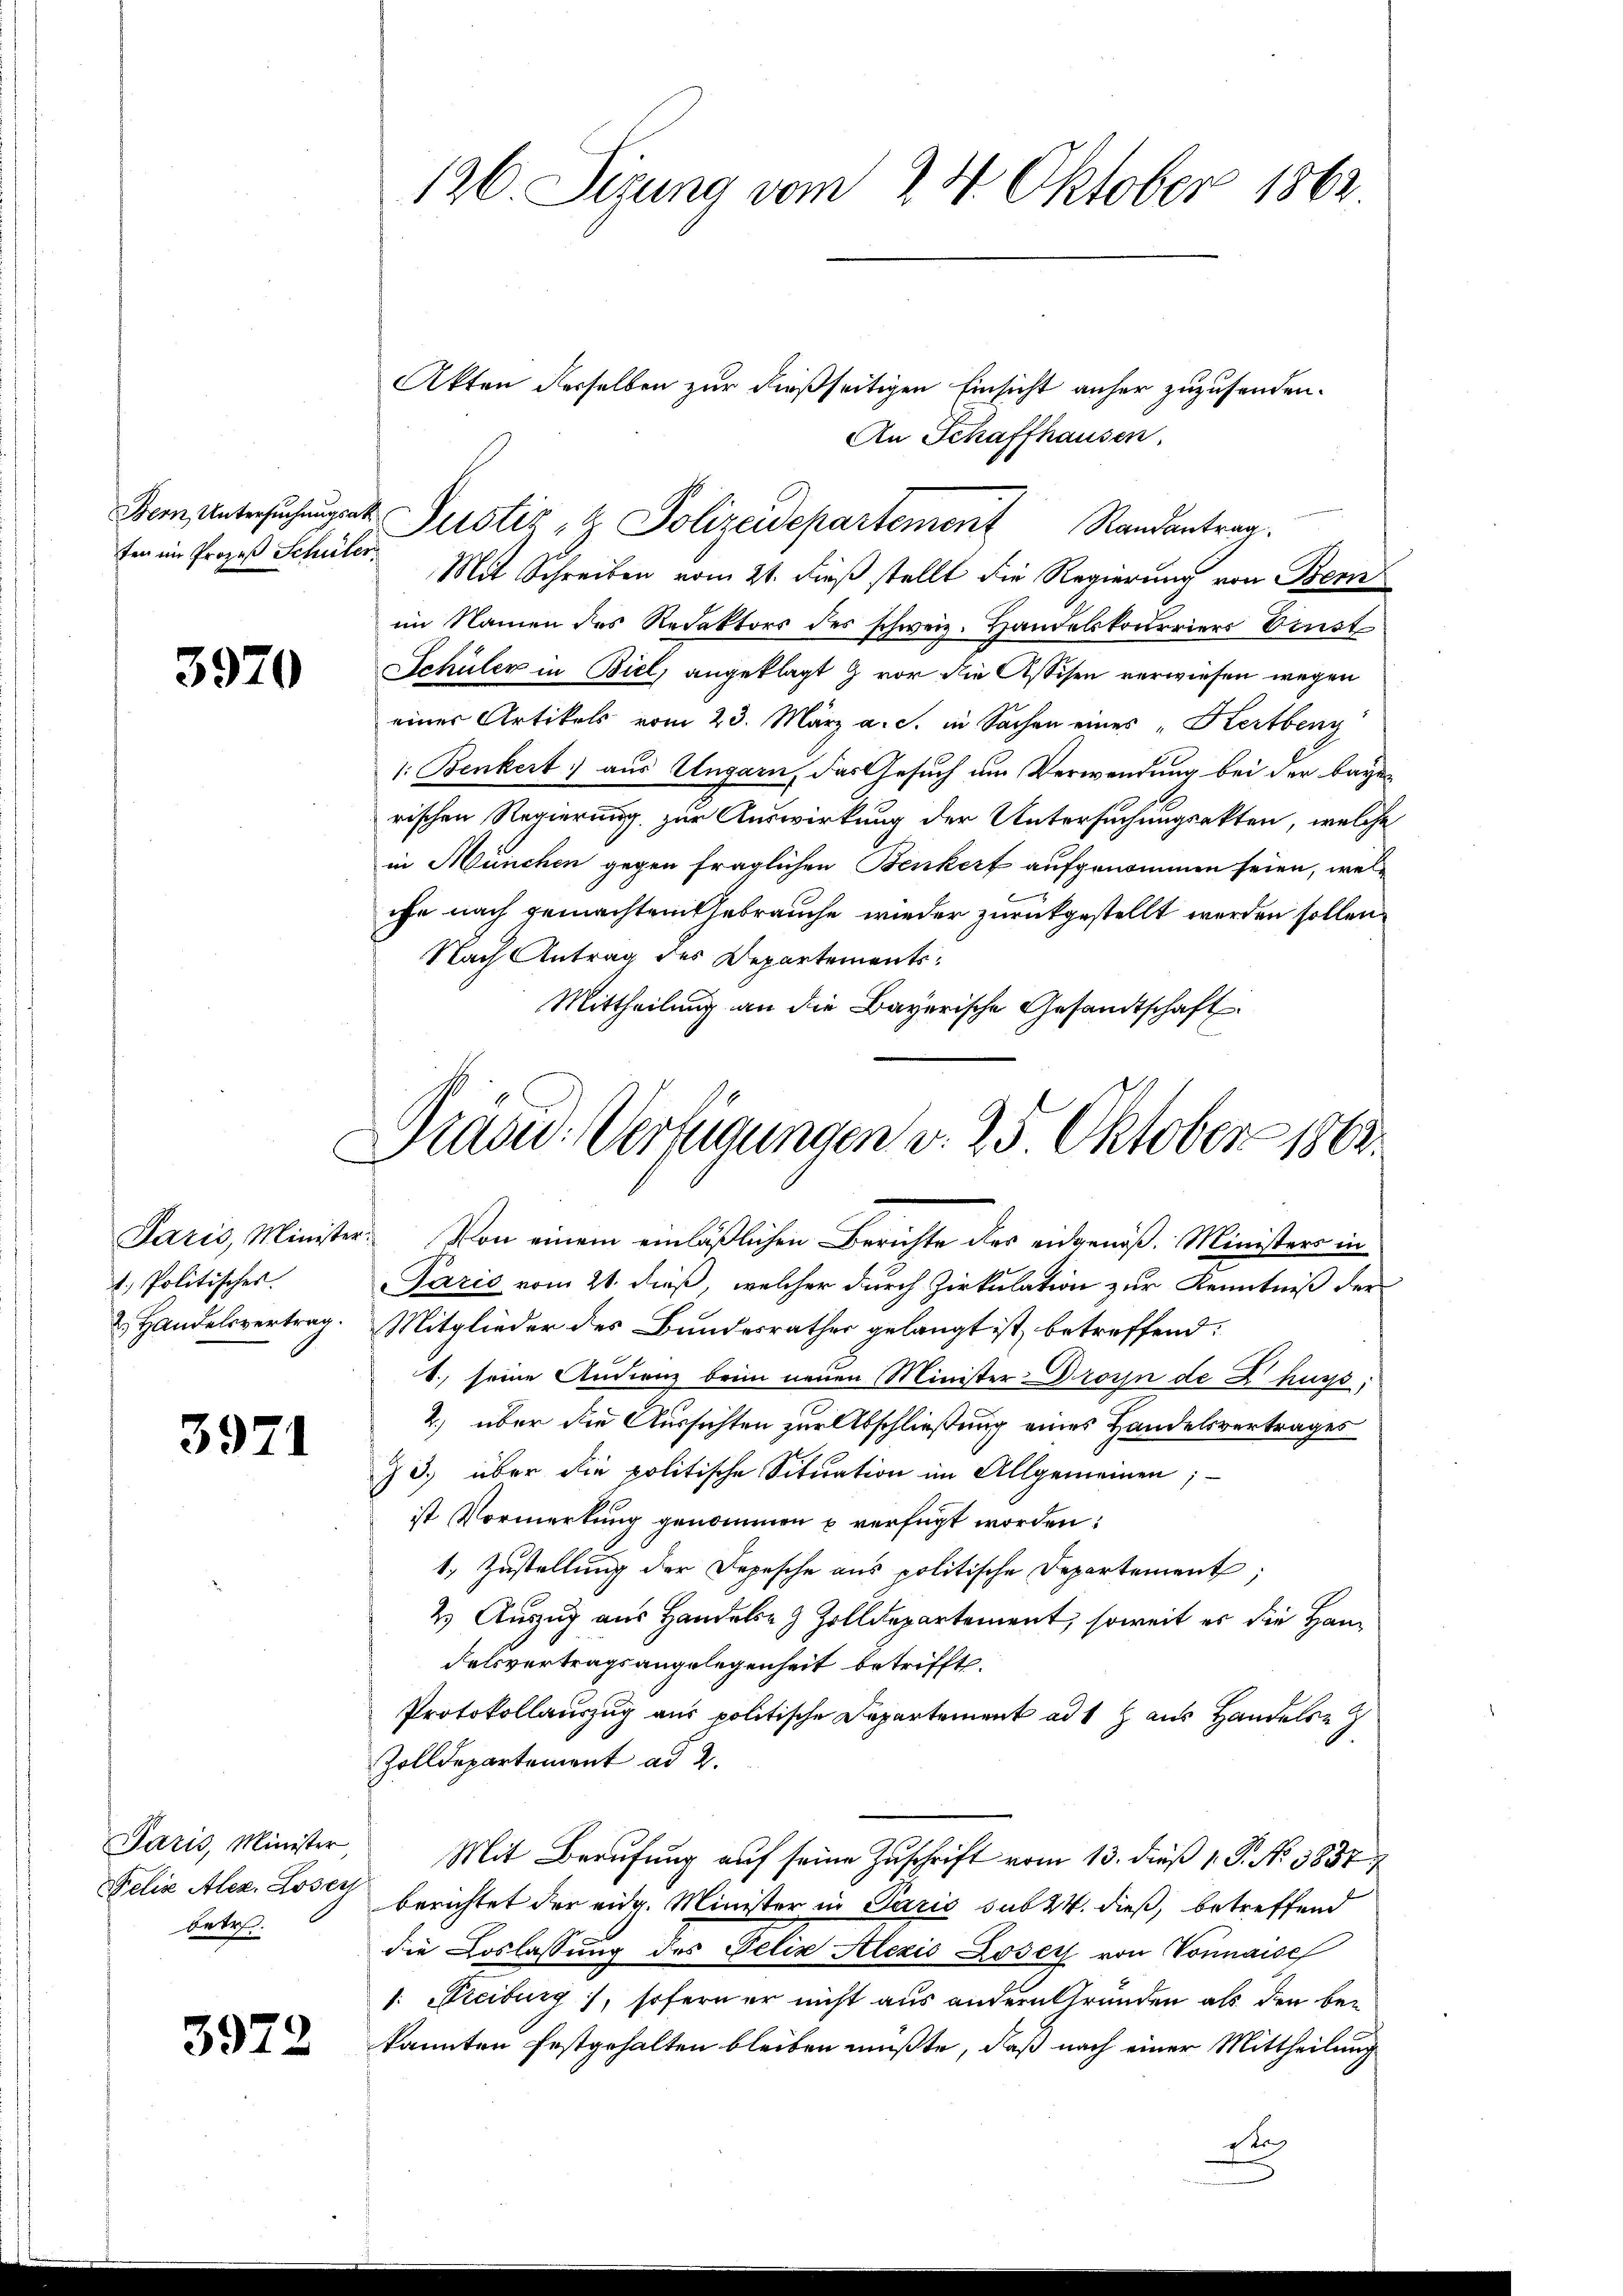
ten im Prozeß Schüler

3970

t. Politisches.
2. Handelsvertrag.

3971

Paris, Minister
Felix Alex. Losey
betr.

3972

126. Sizung vom 24. Oktober 1862

Dem Untersŭchŭngst Justiz u. Polizeidepartement Randantrag.

Präsid.: Verfügungen v. 25. Oktober 1864.

Akten derselben zur dießseitigen Einsicht anher zuzusenden.
An Schaffhausen.
Mit Schreiben vom 21. dieß stellt die Regierung von Bern
im Namen des Redaktors des schweiz. Handelskourriers Brust
Schüler in Biel, angeklagt & vor die Assisen verwiesen wegen
einer Artikels vom 23. März a. s. in Sachen eines „Kertbeng
1: Benkert) aus Ungarn, das Gesuch am Verwendung bei der baye
rischen Regierung zur Auswirkung der Untersuchungsakten, welche
in München gegen fraglichen Benkert aufgenommen seien, welihe nach gemachten Gebrauche wieder zurückgestellt werden sollen.
Nach Antrag des Departements¬
Mittheilung an die Bayerische Gesandtschaft
Paris, Minister. Von einem einläßlichen Berichte des eidgenöß. Ministers in
Paris vom 21. dieß, welcher durch Zirkulation zur Kenntniß der
Mitglieder des Bundesrathes gelangt ist, betreffend:
1., seine Audienz bein neuen Minister Droin de Chur,
2) über die Aussichten zur Abschließung eines Handelsvertrages
Z 3.) über die politische Situation im Allgemeinen;
ist Vormerkung genommen u verfügt worden:
1. Zustellung der Depesche aus politische Departement;
2) Auszug aus Handel 3 Zolldepartement, soweit es die Handelsvertragsangelegenheit betrifft.
Protokollauszug aus politische Departement ad 1 Haus Handelse
Zolldepartement ad 2.
Mit Berufung auf seine Zuschrift vom 13. dieß 1. P. No. 1837
berichtet der eidg. Minister in Paris sub 24. dieß, betreffend
die Loslassung des Felix Alezis Loser von Vonnaise
1: Freiburg), sofern er nicht aus andern Grunden als den be-
kannten festgehalten bleiben müßte, daß nach einer Mittheilung
stag